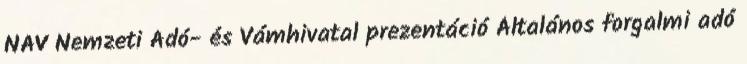
NAV Nemzeti Adó- és Vámhivatal prezentáció Általános forgalmi adó